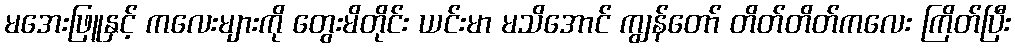
မအေးဖြူနှင့် ကလေးများကို တွေးမိတိုင်း ယင်းမာ မသိအောင် ကျွန်တော် တိတ်တိတ်ကလေး ကြိတ်ပြီး